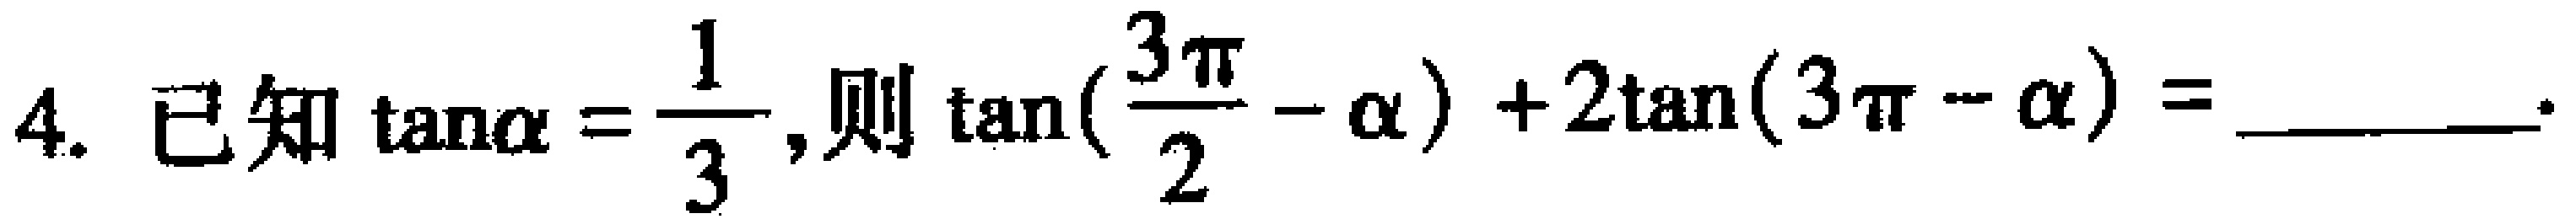
4. 已知$\tan\alpha = \frac{1}{3}$,则$\tan(\frac{3\pi}{2}-\alpha)+2\tan(3\pi - \alpha)=$________.